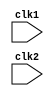
module mips32(clk1, clk2);
// Find the new mips32CPU here: https://github.com/oriod-malo/Custom-MIPS32-CPU
			input wire clk1, clk2;
			
			// IF_ID_ registers
			reg [31:0]	PC, IF_ID_IR, IF_ID_NPC;
			
			// ID_EX_ registers
			reg [31:0]	ID_EX_IR, ID_EX_NPC, ID_EX_A, ID_EX_B, ID_EX_Imm;
			
			// EX_MEM registers
			reg [31:0]	EX_MEM_IR, EX_MEM_ALUOut, EX_MEM_B;
			reg			EX_MEM_cond;
			
			// MEM_WB_ registers
			reg [31:0]	MEM_WB_IR, MEM_WB_ALUOut, MEM_WB_LMD;
			
			
			// Type variables
			reg [2:0] ID_EX_type, EX_MEM_type, MEM_WB_type;
			
			
			reg [31:0] Reg [31:0];		// Register Bank 32x32
			reg [31:0] Mem [1023:0];	// Memory Bank 1024x32
			
			// Assembly Commands
			parameter	ADD = 6'b000_000, SUB = 6'b000_001, AND = 6'b000_010, OR = 6'b000_011,
							SLT = 6'b000_100, MUL = 6'b000_101, HLT = 6'b111_111, LW = 6'b001_000,
							SW = 6'b001_001, ADDI = 6'b001_010, SUBI = 6'b001_011, SLTI = 6'b001_100,
							BNEQZ = 6'b001_101, BEQZ = 6'b001_110;
			
			// Command types (3-bit) [2:0]
			parameter	RR_ALU = 3'b000, RM_ALU = 3'b001, LOAD = 3'b010, STORE = 3'b011,
							BRANCH = 3'b100, HALT = 3'b101;
							
			reg HALTED;				// set after HLT instruction is completed (in WB stage)
			reg TAKEN_BRANCH;		// required to disable instructions after branch
			
			
			
			/*______________________ Different Stages of the Pipeline __________________*/
			
			// The Instruction Fetch (IF) Stage
			
			always @ (posedge clk1)
				if(HALTED == 0) begin // we fetch only if halt is not set
					if( ((EX_MEM_IR[31:26] == BEQZ) && (EX_MEM_cond == 1)) ||
						 ((EX_MEM_IR[31:26] == BNEQZ) && (EX_MEM_cond == 0)) ) // check whether a branch is taken
						begin
							IF_ID_IR			<= #2 Mem[EX_MEM_ALUOut];
							TAKEN_BRANCH	<= #2 1'b1;
							IF_ID_NPC		<= #2 EX_MEM_ALUOut + 1;
							PC					<= #2 EX_MEM_ALUOut + 1;
						end
				else
						begin
							IF_ID_IR			<= #2 Mem[PC];
							IF_ID_NPC		<= #2 PC + 1;
							PC					<= #2 PC + 1;
						end
				end
			
			// The Instruction Decode (ID) Stage
			
			/* We do 3 things:
			1 we decode the instruction
			2 we are pre-fetching two source registers
			3 we are sign-extending the offset */
			
			always @ (posedge clk2)
				if (HALTED == 0) begin
				
					//Rs - register
					if( IF_ID_IR[25:21] == 5'b00000)	ID_EX_A <= 0; // if R0 then assign 0 to ID_EX_A
					else ID_EX_A <= #2 Reg[IF_ID_IR[25:21]];
					//Rt - register
					if( IF_ID_IR[20:16] == 5'b00000)	ID_EX_B <= 0; // if R0 then assign 0 to ID_EX_B
					else ID_EX_B <= #2 Reg[IF_ID_IR[20:16]];

					ID_EX_NPC	<= #2 IF_ID_NPC;
					ID_EX_IR		<= #2 IF_ID_IR;
					ID_EX_Imm	<= #2 {{16{IF_ID_IR[15]}},{IF_ID_IR[15:0]}}; // 16 bit sign extension
				
					case(IF_ID_IR[31:26])
							ADD,SUB,AND,OR,SLT,MUL:		ID_EX_type <= #2 RR_ALU;
							ADDI, SUBI, SLTI:				ID_EX_type <= #2 RM_ALU;
							LW:								ID_EX_type <= #2 LOAD;
							SW:								ID_EX_type <= #2 STORE;
							BNEQZ, BEQZ:					ID_EX_type <= #2 BRANCH;
							HLT:								ID_EX_type <= #2 HALT;
							default:							ID_EX_type <= #2 HALT;
					endcase
				end
			
			// The Execute (EX) stage
			always @(posedge clk1)
				if (HALTED == 0) begin
					EX_MEM_type		<= #2 ID_EX_type;
					EX_MEM_IR		<= #2 ID_EX_IR;
					TAKEN_BRANCH	<= #2 0; // reset the taken branch back to zero
					
					case (ID_EX_type)
							RR_ALU: 
							begin
									case(ID_EX_IR[31:26]) 
											ADD:			EX_MEM_ALUOut <=  #2 ID_EX_A + ID_EX_B;
											SUB:			EX_MEM_ALUOut <=  #2 ID_EX_A - ID_EX_B;
											AND:			EX_MEM_ALUOut <=  #2 ID_EX_A & ID_EX_B;
											OR:			EX_MEM_ALUOut <=  #2 ID_EX_A | ID_EX_B;
											SLT:			EX_MEM_ALUOut <=  #2 ID_EX_A < ID_EX_B;
											MUL:			EX_MEM_ALUOut <=  #2 ID_EX_A * ID_EX_B;
											default:		EX_MEM_ALUOut <=  #2 32'hxxxx_xxxx;
									endcase
							end
							RM_ALU: 
							begin
									case(ID_EX_IR[31:26]) 
											ADDI:			EX_MEM_ALUOut <=  #2 ID_EX_A + ID_EX_Imm;
											SUBI:			EX_MEM_ALUOut <=  #2 ID_EX_A - ID_EX_Imm;
											SLTI:			EX_MEM_ALUOut <=  #2 ID_EX_A < ID_EX_Imm;
											default:		EX_MEM_ALUOut <=  #2 32'hxxxx_xxxx;
									endcase
							end
							LOAD, STORE: begin
															EX_MEM_ALUOut	<= #2 ID_EX_A + ID_EX_Imm;
															EX_MEM_B			<= #2 ID_EX_B;
							end
							BRANCH: begin
															EX_MEM_ALUOut	<= #2 ID_EX_NPC + ID_EX_Imm;
															EX_MEM_cond		<= #2 (ID_EX_A == 0);
							end
					endcase
				
				end
			
			// The Memory (MEM) stage
			always @(posedge clk2)
				if (HALTED == 0) 
				begin
					MEM_WB_type <= #2 EX_MEM_type;
					MEM_WB_IR	<= #2 EX_MEM_IR;
						
						case(EX_MEM_type)
								RR_ALU, RM_ALU:		MEM_WB_ALUOut	<= #2 Mem[EX_MEM_ALUOut];
								LOAD:						MEM_WB_LMD		<= #2 Mem[EX_MEM_ALUOut];
								STORE:		if(TAKEN_BRANCH == 0) Mem[EX_MEM_ALUOut] <= #2 EX_MEM_B;
						endcase
				end
				
			// The Write Back (WB) stage
			always @(posedge clk1)
			begin
				if(TAKEN_BRANCH == 0) begin
					case(MEM_WB_type)
							RR_ALU:					Reg[MEM_WB_IR[15:11]] <= #2 MEM_WB_ALUOut;	//Rd
							
							RM_ALU:					Reg[MEM_WB_IR[20:16]] <= #2 MEM_WB_ALUOut;	// Rt
							
							LOAD:						Reg[MEM_WB_IR[20:16]] <= #2 MEM_WB_LMD;		// Rt
							
							HALT:						HALTED <= #2 1'b1;
					endcase
				end
			end
			
endmodule